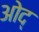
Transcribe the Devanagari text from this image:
ओद्